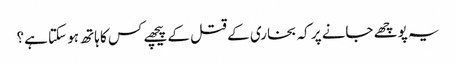
یہ پوچھے جانے پر کہ بخاری کے قتل کے پیچھے کس کا ہاتھ ہو سکتا ہے؟